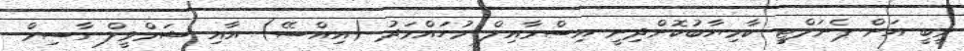
ވީބީ އަށް ޕެނަލްޓީ ކާމިޔާބުކޮށްދިނީ އިސްމާއިލް މުހައްމަދު (އިއްސޭ) އާއި ޝަމްވީލް ގާސިމް